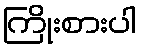
ကြိုးစားပါ